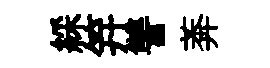
綵笄讐莾